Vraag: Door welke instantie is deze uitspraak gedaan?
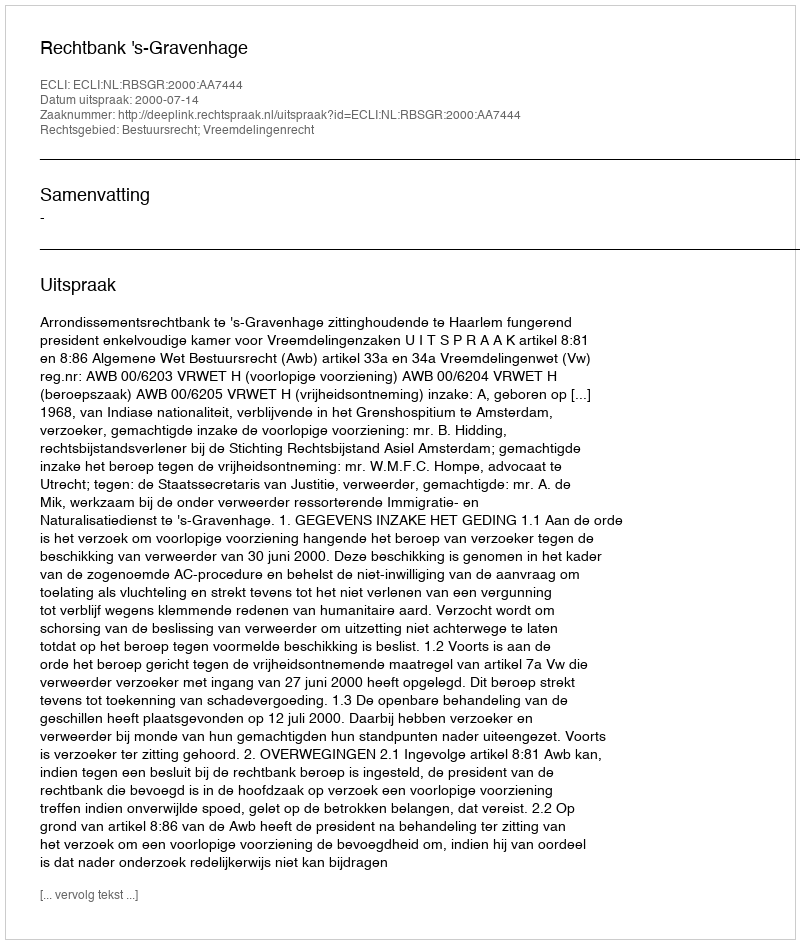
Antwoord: Rechtbank 's-Gravenhage